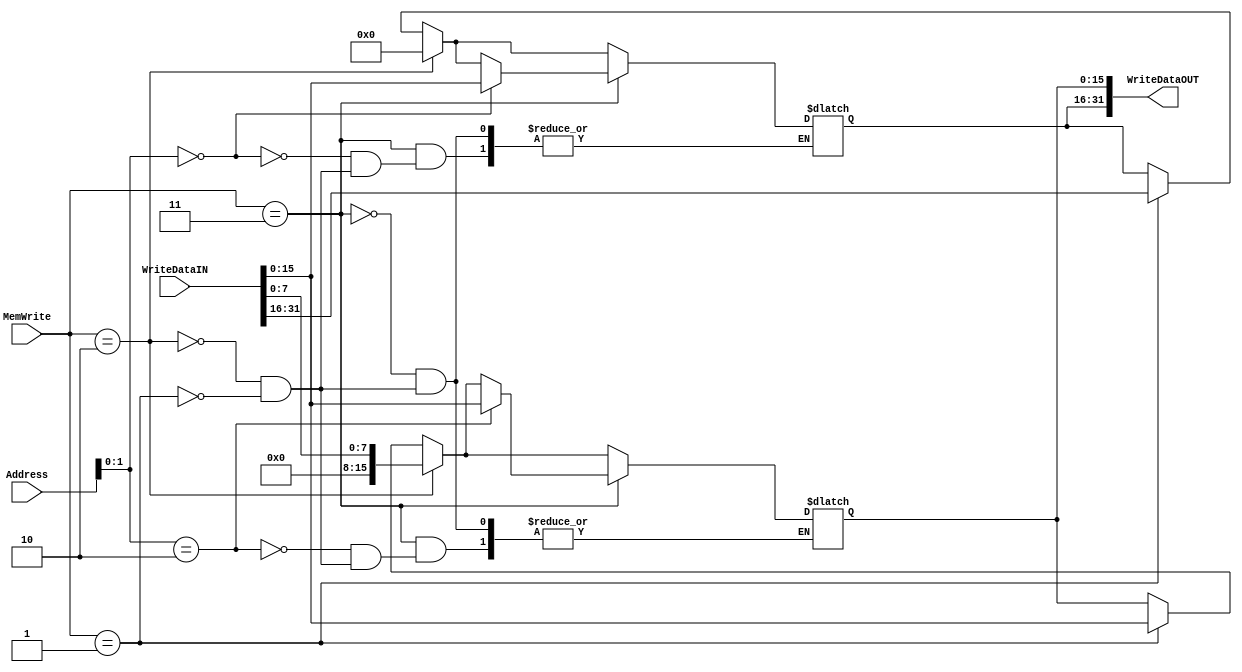
`timescale 1ns / 1ps
//////////////////////////////////////////////////////////////////////////////////
// Engineers: James Fulton, Raphael Lepercq, & Wilson Liao
//////////////////////////////////////////////////////////////////////////////////


module WriteMem(Address, MemWrite, WriteDataIN, WriteDataOUT);

    input [1:0] MemWrite;
    input [31:0] Address, WriteDataIN;
    
    output reg [31:0] WriteDataOUT;
    
    always @(*) begin
        if (MemWrite == 1) WriteDataOUT <= WriteDataIN;
        //store byte
        if (MemWrite == 2) begin
            case (Address[1:0])
            
                0: begin
                    WriteDataOUT <= WriteDataIN[7:0];
                end
                
                1: begin
                    WriteDataOUT <= WriteDataIN[7:0];
                end
                
                2: begin
                    WriteDataOUT <= WriteDataIN[7:0];
                end
                
                3: begin
                    WriteDataOUT <= WriteDataIN[7:0];
                end
            endcase
            
        end
        //store half
        if (MemWrite == 3) begin
            case(Address[1:0])
                0: WriteDataOUT[31:16] <= WriteDataIN[15:0];
                2: WriteDataOUT[15:0] <= WriteDataIN[15:0];
            endcase
        end
    end
endmodule